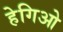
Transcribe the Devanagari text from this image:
हेगिओ